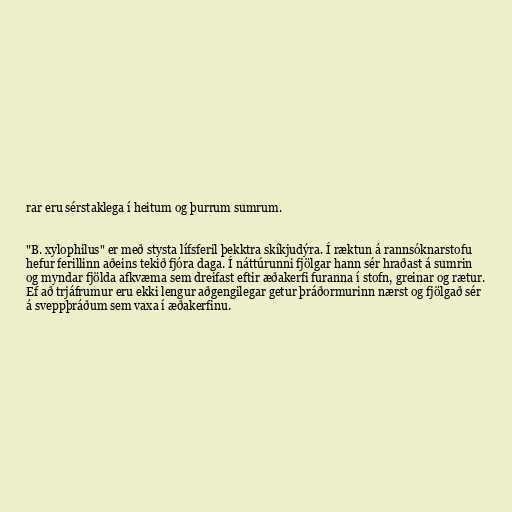
rar eru sérstaklega í heitum og þurrum sumrum.

"B. xylophilus" er með stysta lífsferil þekktra skíkjudýra. Í ræktun á rannsóknarstofu
hefur ferillinn aðeins tekið fjóra daga. Í náttúrunni fjölgar hann sér hraðast á sumrin
og myndar fjölda afkvæma sem dreifast eftir æðakerfi furanna í stofn, greinar og rætur.
Ef að trjáfrumur eru ekki lengur aðgengilegar getur þráðormurinn nærst og fjölgað sér
á sveppþráðum sem vaxa í æðakerfinu.